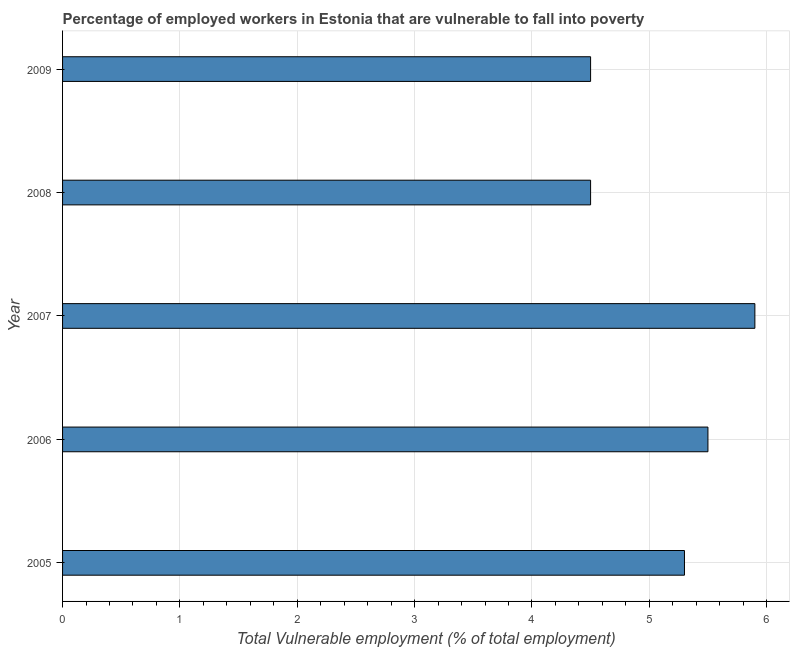
| Year | Vulnerable employment |
 | --- | --- |
 | 2005 | 5.3 |
 | 2006 | 5.5 |
 | 2007 | 5.9 |
 | 2008 | 4.5 |
 | 2009 | 4.5 |